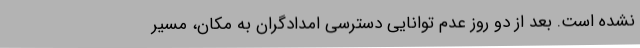
نشده است. بعد از دو روز عدم توانایی دسترسی امدادگران به مکان، مسیر